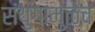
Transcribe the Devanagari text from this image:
संयुगामुळेच